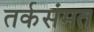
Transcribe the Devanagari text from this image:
तर्कसंमत